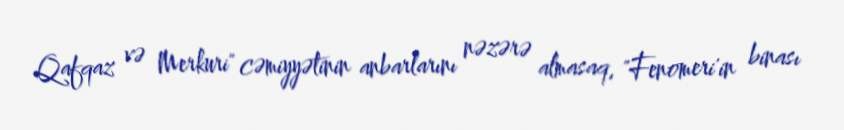
Qafqaz və Merkuri" cəmiyyətinin anbarlarını nəzərə almasaq, "Fenomeri'in binası